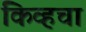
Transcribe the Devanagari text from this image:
किव्हचा